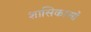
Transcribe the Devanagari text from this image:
शासिकाओं